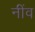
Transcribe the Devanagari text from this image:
नींंव